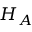
H _ { A }